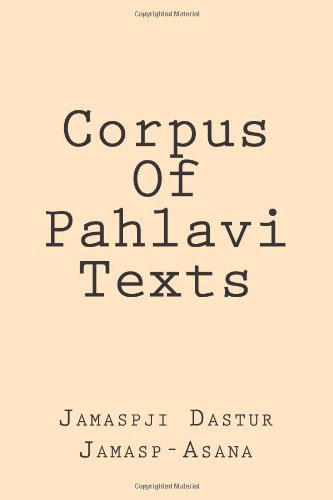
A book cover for Corpus Of Pahlavi Texts (Persian Edition); Jamaspji Dastur Minocherji Jamasp-Asana; Religion & Spirituality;